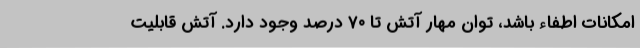
امکانات اطفاء باشد، توان مهار آتش تا ۷۰ درصد وجود دارد. آتش قابلیت